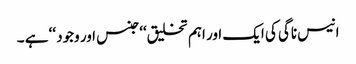
انیس ناگی کی ایک اور اہم تخلیق‘‘جنس اور وجود ‘‘ ہے ۔